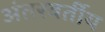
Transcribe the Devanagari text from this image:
अंतरवर्तीय